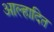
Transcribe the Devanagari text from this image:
आल्हादित